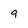
Character: 9